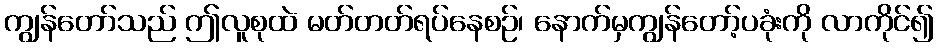
ကျွန်တော်သည် ဤလူစုထဲ မတ်တတ်ရပ်နေစဉ်၊ နောက်မှကျွန်တော့်ပခုံးကို လာကိုင်၍